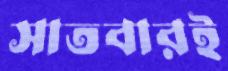
সাতবারই